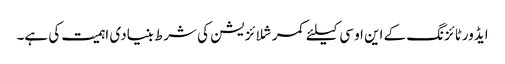
ایڈورٹائزنگ کے این او سی کیلئے کمرشلائزیشن کی شرط بنیادی اہمیت کی ہے۔